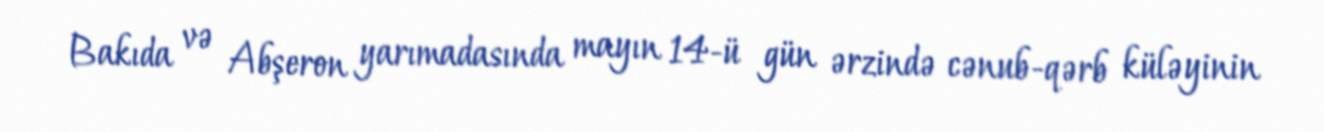
Bakıda və Abşeron yarımadasında mayın 14-ü gün ərzində cənub-qərb küləyinin